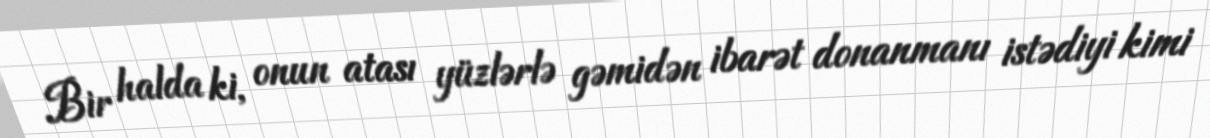
Bir halda ki, onun atası yüzlərlə gəmidən ibarət donanmanı istədiyi kimi